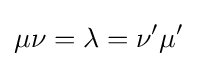
\mu \nu =\lambda =\nu '\mu '